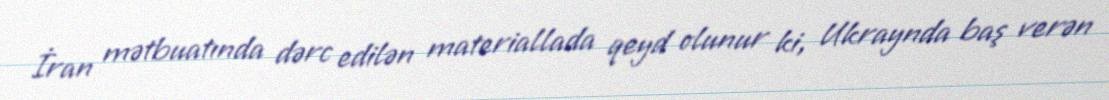
İran mətbuatında dərc edilən materiallada qeyd olunur ki, Ukraynda baş verən